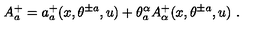
A _ { a } ^ { + } = a _ { a } ^ { + } ( x , \theta ^ { \pm a } , u ) + \theta _ { a } ^ { \alpha } A _ { \alpha } ^ { + } ( x , \theta ^ { \pm a } , u ) \ .